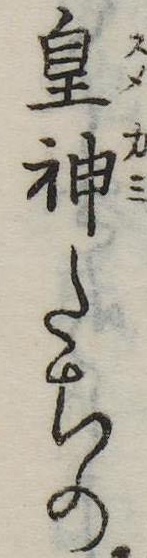
皇神たちの